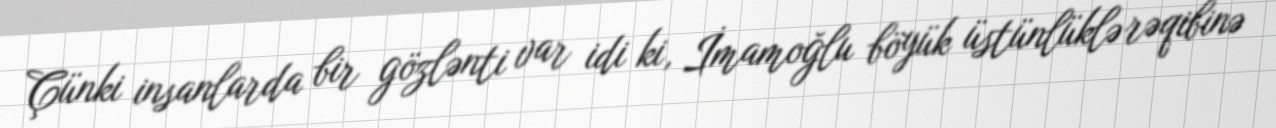
Çünki insanlarda bir gözlənti var idi ki, İmamoğlu böyük üstünlüklə rəqibinə